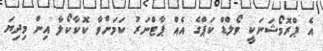
އެ ޕްރޮމޯޝަނަކީ ވޯލްޑް ކަޕްގެ އެއް ޕާޓްނަރު ކަމަށްވާ ކޮކާކޯލާ އިން މިދިޔަ